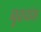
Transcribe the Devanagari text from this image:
बृहदांत